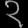
Digit: ၃